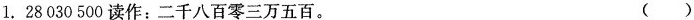
1.28030500读作：二千八百零三万五百。 ()